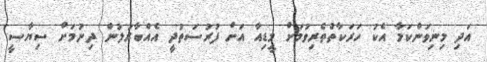
އަދި މިނިވަންކަމާ އެކު ހަރަކާތްތެރިވުމަށް މީޑިއާ އަށް ފުރުސަތުދީ އެއްބާރުލުން ދިނުމަށް ސިޔާސީ